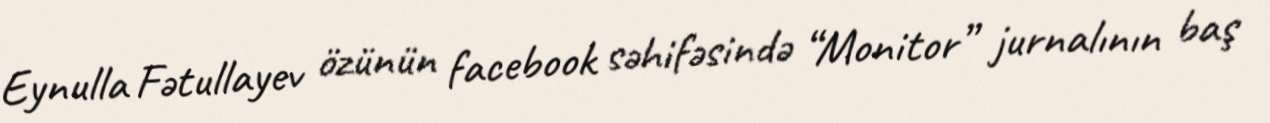
Eynulla Fətullayev özünün facebook səhifəsində “Monitor” jurnalının baş